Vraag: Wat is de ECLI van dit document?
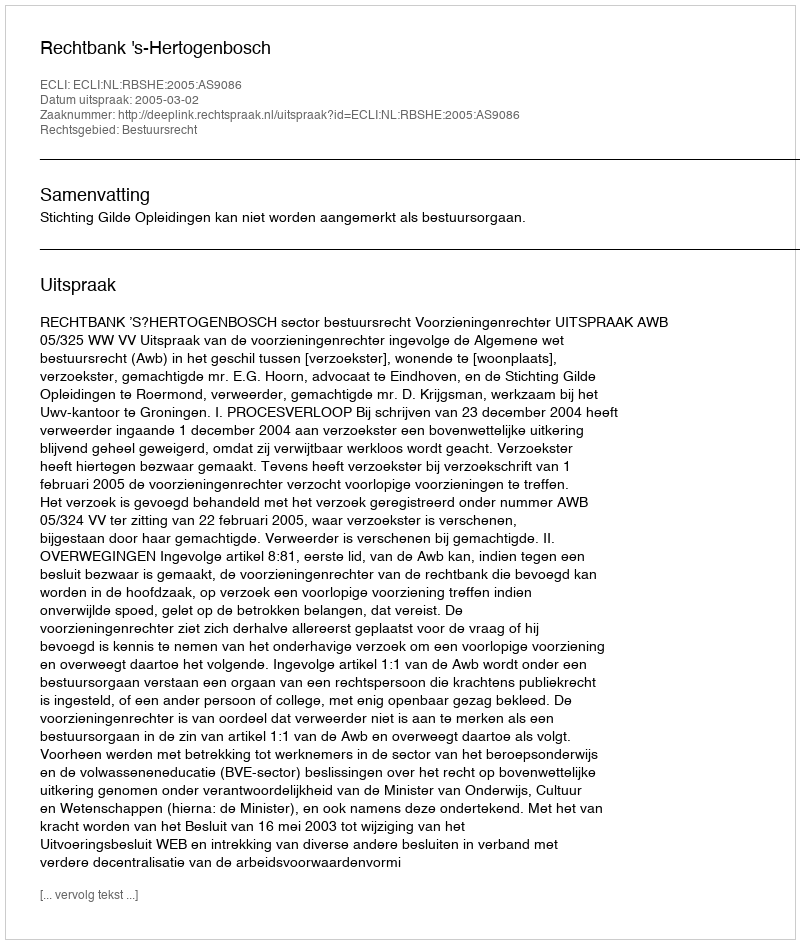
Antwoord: ECLI:NL:RBSHE:2005:AS9086